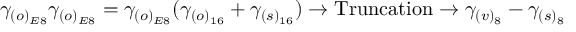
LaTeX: \gamma _ { ( o ) _ { E 8 } } \gamma _ { ( o ) _ { E 8 } } = \gamma _ { ( o ) _ { E 8 } } ( \gamma _ { ( o ) _ { 1 6 } } + \gamma _ { ( s ) _ { 1 6 } } ) \rightarrow \mathrm { T r u n c a t i o n } \rightarrow \gamma _ { ( v ) _ { 8 } } - \gamma _ { ( s ) _ { 8 } } \,